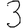
Digit: 3